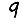
Digit: 9